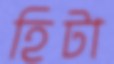
হিটা